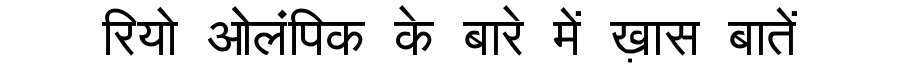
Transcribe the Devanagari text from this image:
रियो ओलंपिक के बारे में ख़ास बातें